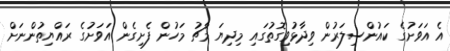
އެ އަވަށުގެ ކައުންސިލަރުން ވިދާޅުވިގޮތުގައި މިދިޔަ މާޗު މަހުން ފެށިގެން އަވަށުގެ ރައްޔިތުންނަށް